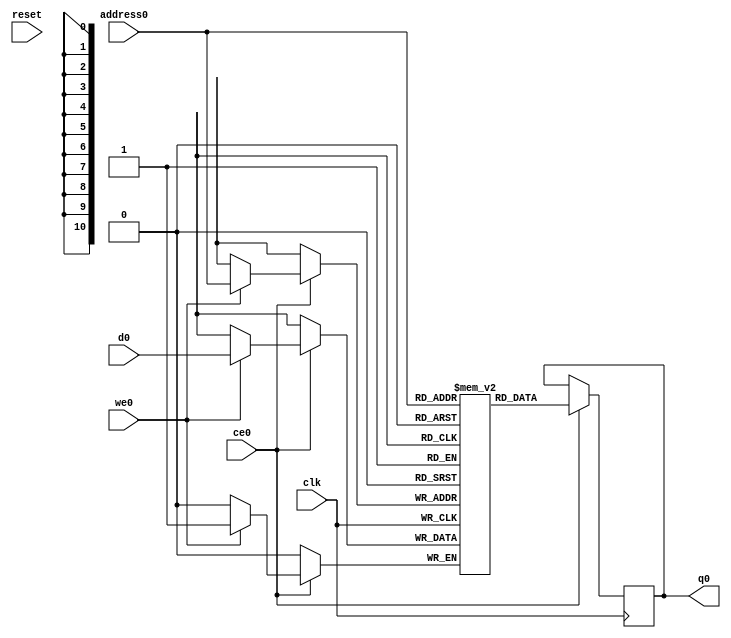
// ==============================================================
// Vitis HLS - High-Level Synthesis from C, C++ and OpenCL v2022.2 (64-bit)
// Version: 2022.2
// Copyright 1986-2022 Xilinx, Inc. All Rights Reserved.
// ==============================================================
`timescale 1 ns / 1 ps
module top_tx_mods_input5_buff_V_RAM_AUTO_1R1W (
     
    address0, ce0,
    d0, we0, 
    q0, 
     
    reset, clk);

parameter DataWidth = 1;
parameter AddressWidth = 11;
parameter AddressRange = 1200;
 
input[AddressWidth-1:0] address0;
input ce0;
input[DataWidth-1:0] d0;
input we0; 
output reg[DataWidth-1:0] q0; 

input reset;
input clk;

(* ram_style = "auto"  *)reg [DataWidth-1:0] ram[0:AddressRange-1];


 





//read first
always @(posedge clk)  
begin 
    if (ce0) begin
        if (we0) 
            ram[address0] <= d0; 
        q0 <= ram[address0];

    end
end 
 
 

endmodule